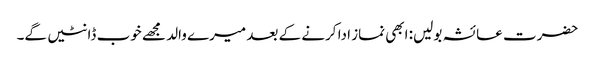
حضرت عائشہ بولیں: ابھی نماز ادا کرنے کے بعد میرے والد مجھے خوب ڈانٹیں گے۔